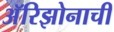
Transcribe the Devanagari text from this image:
अॅरिझोनाची